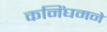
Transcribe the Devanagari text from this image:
कनिंघमने